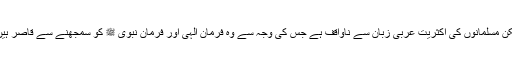
لیکن مسلمانوں کی اکثریت عربی زبان سے ناواقف ہے جس کی وجہ سے وہ فرمان الٰہی اور فرمان نبوی ﷺ کو سمجھنے سے قاصر ہیں ۔